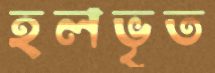
হলভৃত